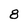
Character: 8